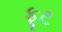
ફૂટ